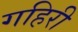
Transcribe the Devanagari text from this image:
गहिरी